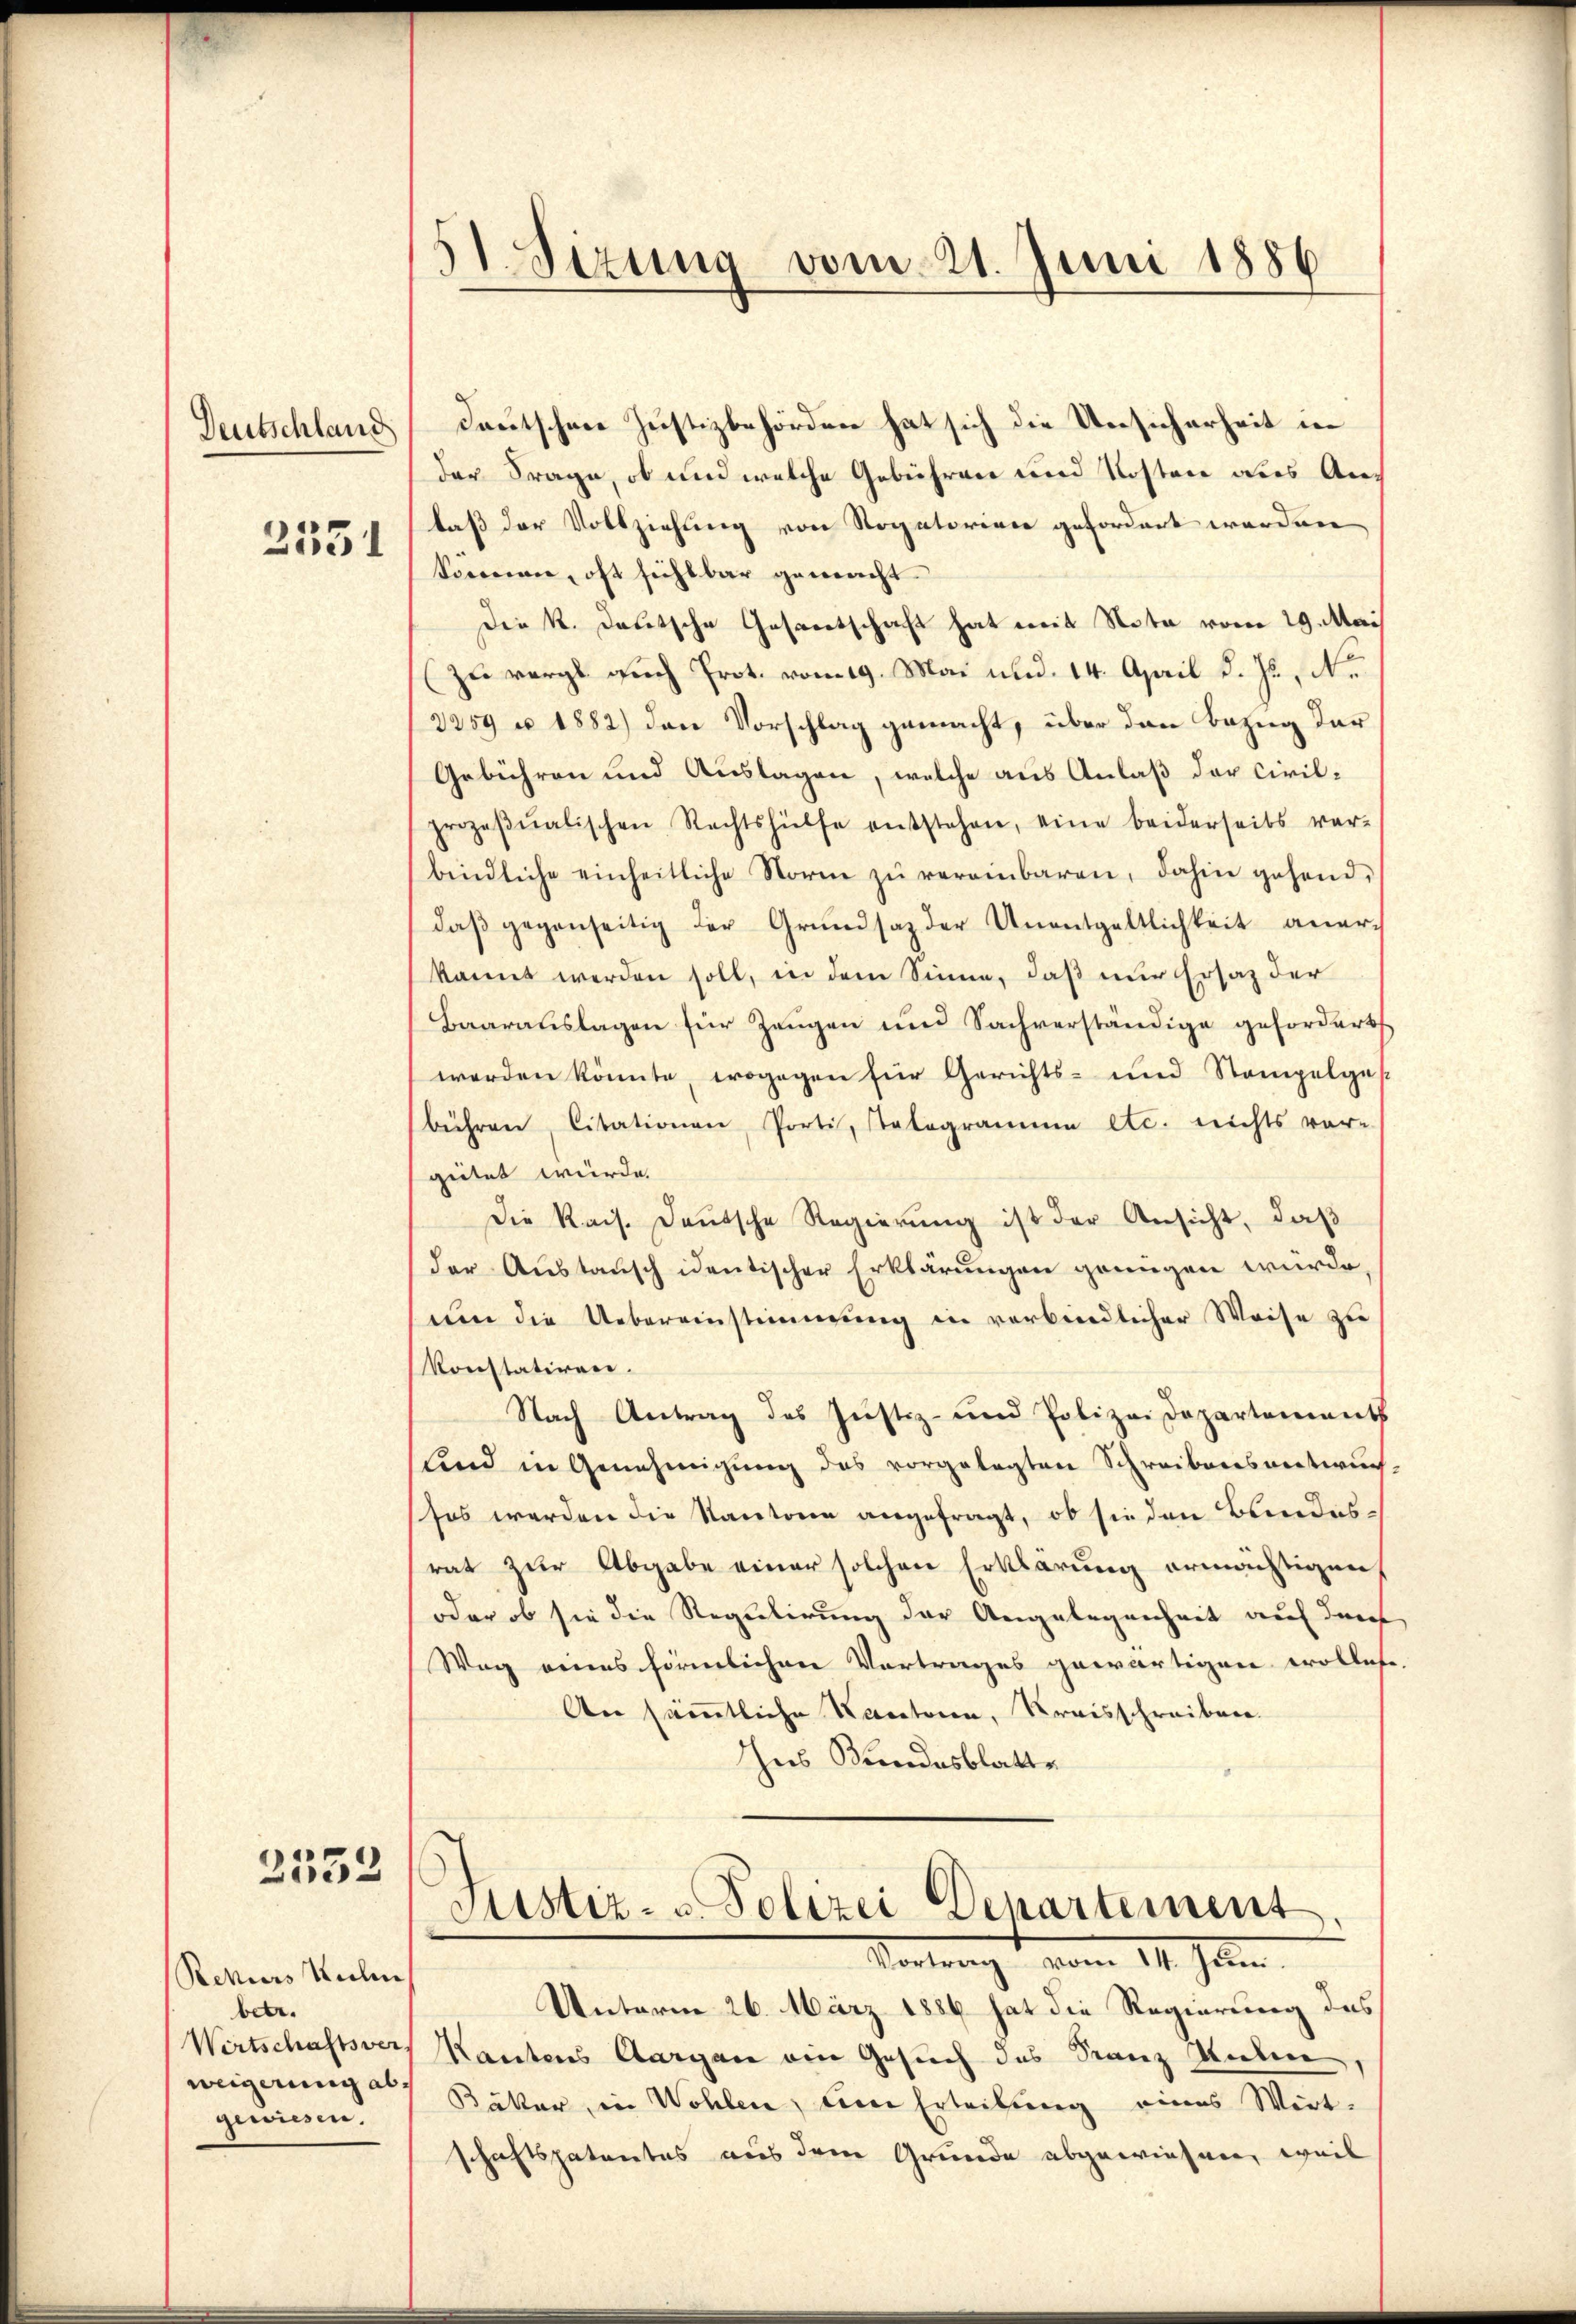
Deutschland
2551

2532

Rekurs Kuchen
betr.
Wertschaftsvers
weigerung abgewiesen.

51 Sizung vom 21. Juni 1886

Deutschen Justizbehörden hat sich die Unsicherheit in
der Frage, ob und welche Gebühren und Kosten dies Andaß der Vollziehung von Rogatorien gefordert werden
Sonnen, oft sichtbar gemacht.
Die K. Deutsche Gesandtschaft hat mit Nota vom 29. Mai
zu vergl. auch Prot. vom 19. Mai und 14. April d. Js., Nr.
2259 u 1882) den Vorschlag gemacht, über den Bezug dar
Gebühren und Auslagen, welche aus Anlaß der Civilprozeβŭalischen Rechtshülfe entstehen, eine beiderseits ver-
bindliche einheitliche Norme zŭ vereinbaren, dahin gehend,
daß gegenseitig der Grundsaz der Unentgeltlichkeit anerkannt werden soll, in dem Sinne, daß nur Ersatz der
Baarauslagen für Zeugen und Sachverständige gefordert
werden könnte, wogegen für Gerichts- und Stempelgest
bühren, Citationen, Porti, statogramme etc. nichts vor-
geitet würde.
Die Rais. Deutsche Regierŭng ist der Ansicht, daβ
der Austausch identischer Erklärungen genügen würde
uen die Uebereinstimmung in verbindlicher Weise zu
Konstatiren.
Nach Antrag des Justiz- und Polizei Departement
Und in Genehmigung des vorgelegten Schreibensentwurs-
sos werden die Kantonen angefragt, ob sie den Bundesrat zur Abgabe einer solchen Erklärung ermächtigen
oder ob sie die Regulirung der Angelegenheit auf durf
Weg eines förmlichere Vortrages gewärtigen wolle.
An sämmtliche Kantoren, Kreisschreiben.
Ins Bundesblatte
Justiz- u. Polizei Departement
Vortrag vom 14. Jan.
Unterm 26. März 1886 hat die Regierung des
Kantons Aargau ein Gesuch des Franz Raben,
Bäker, in Wohlen, keine Erteilung eines Wirt-
schaftspatentes aus dem Grunde abgewiesen, weil